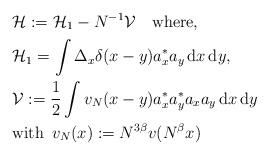
LaTeX: \begin{align*}&\mathcal{H}:=\mathcal{H}_1-N^{-1}\mathcal{V}\quad\mathrm{where,}\\&\mathcal{H}_1=\int\Delta_x\delta(x-y)a_{x}^{\ast} a_y\,\mathrm{d}x\,\mathrm{d}y,\\& \mathcal{V}:=\frac{1}{2}\int v_N(x-y)a_x^{\ast}a_y^{\ast}a_{x}a_{y}\,\mathrm{d}x\,\mathrm{d}y\\&\mathrm{with}\,\,\,v_N(x):=N^{3\beta}v(N^\beta x)\end{align*}